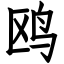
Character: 鸥